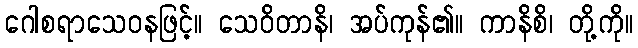
ဂေါစရာသေဝနဖြင့်။ သေဝိတာနိ၊ အပ်ကုန်၏။ ကာနိစိ၊ တို့ကို။